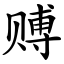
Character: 赙